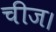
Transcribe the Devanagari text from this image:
चीज।